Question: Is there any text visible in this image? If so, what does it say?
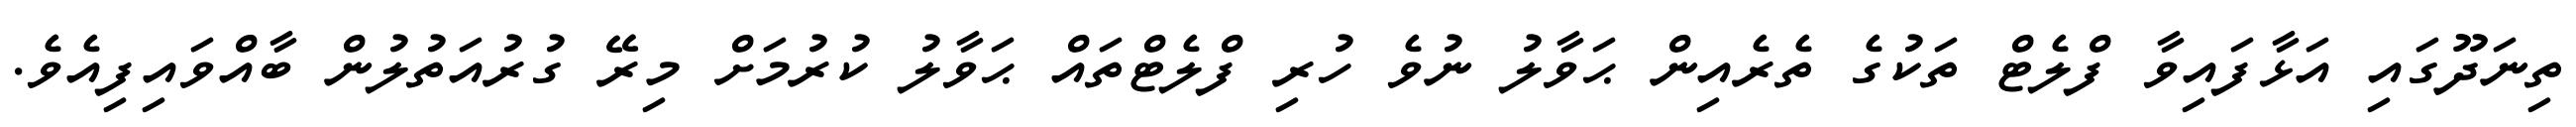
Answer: ތިނަދޫގައި އަޅާފައިވާ ފްލެޓް ތަކުގެ ތެރެއިން ޙަވާލު ނުވެ ހުރި ފްލެޓްތައް ޙަވާލު ކުރުމަށް މިރޭ ގުރުއަތުލުން ބާއްވައިފިއެވެ.